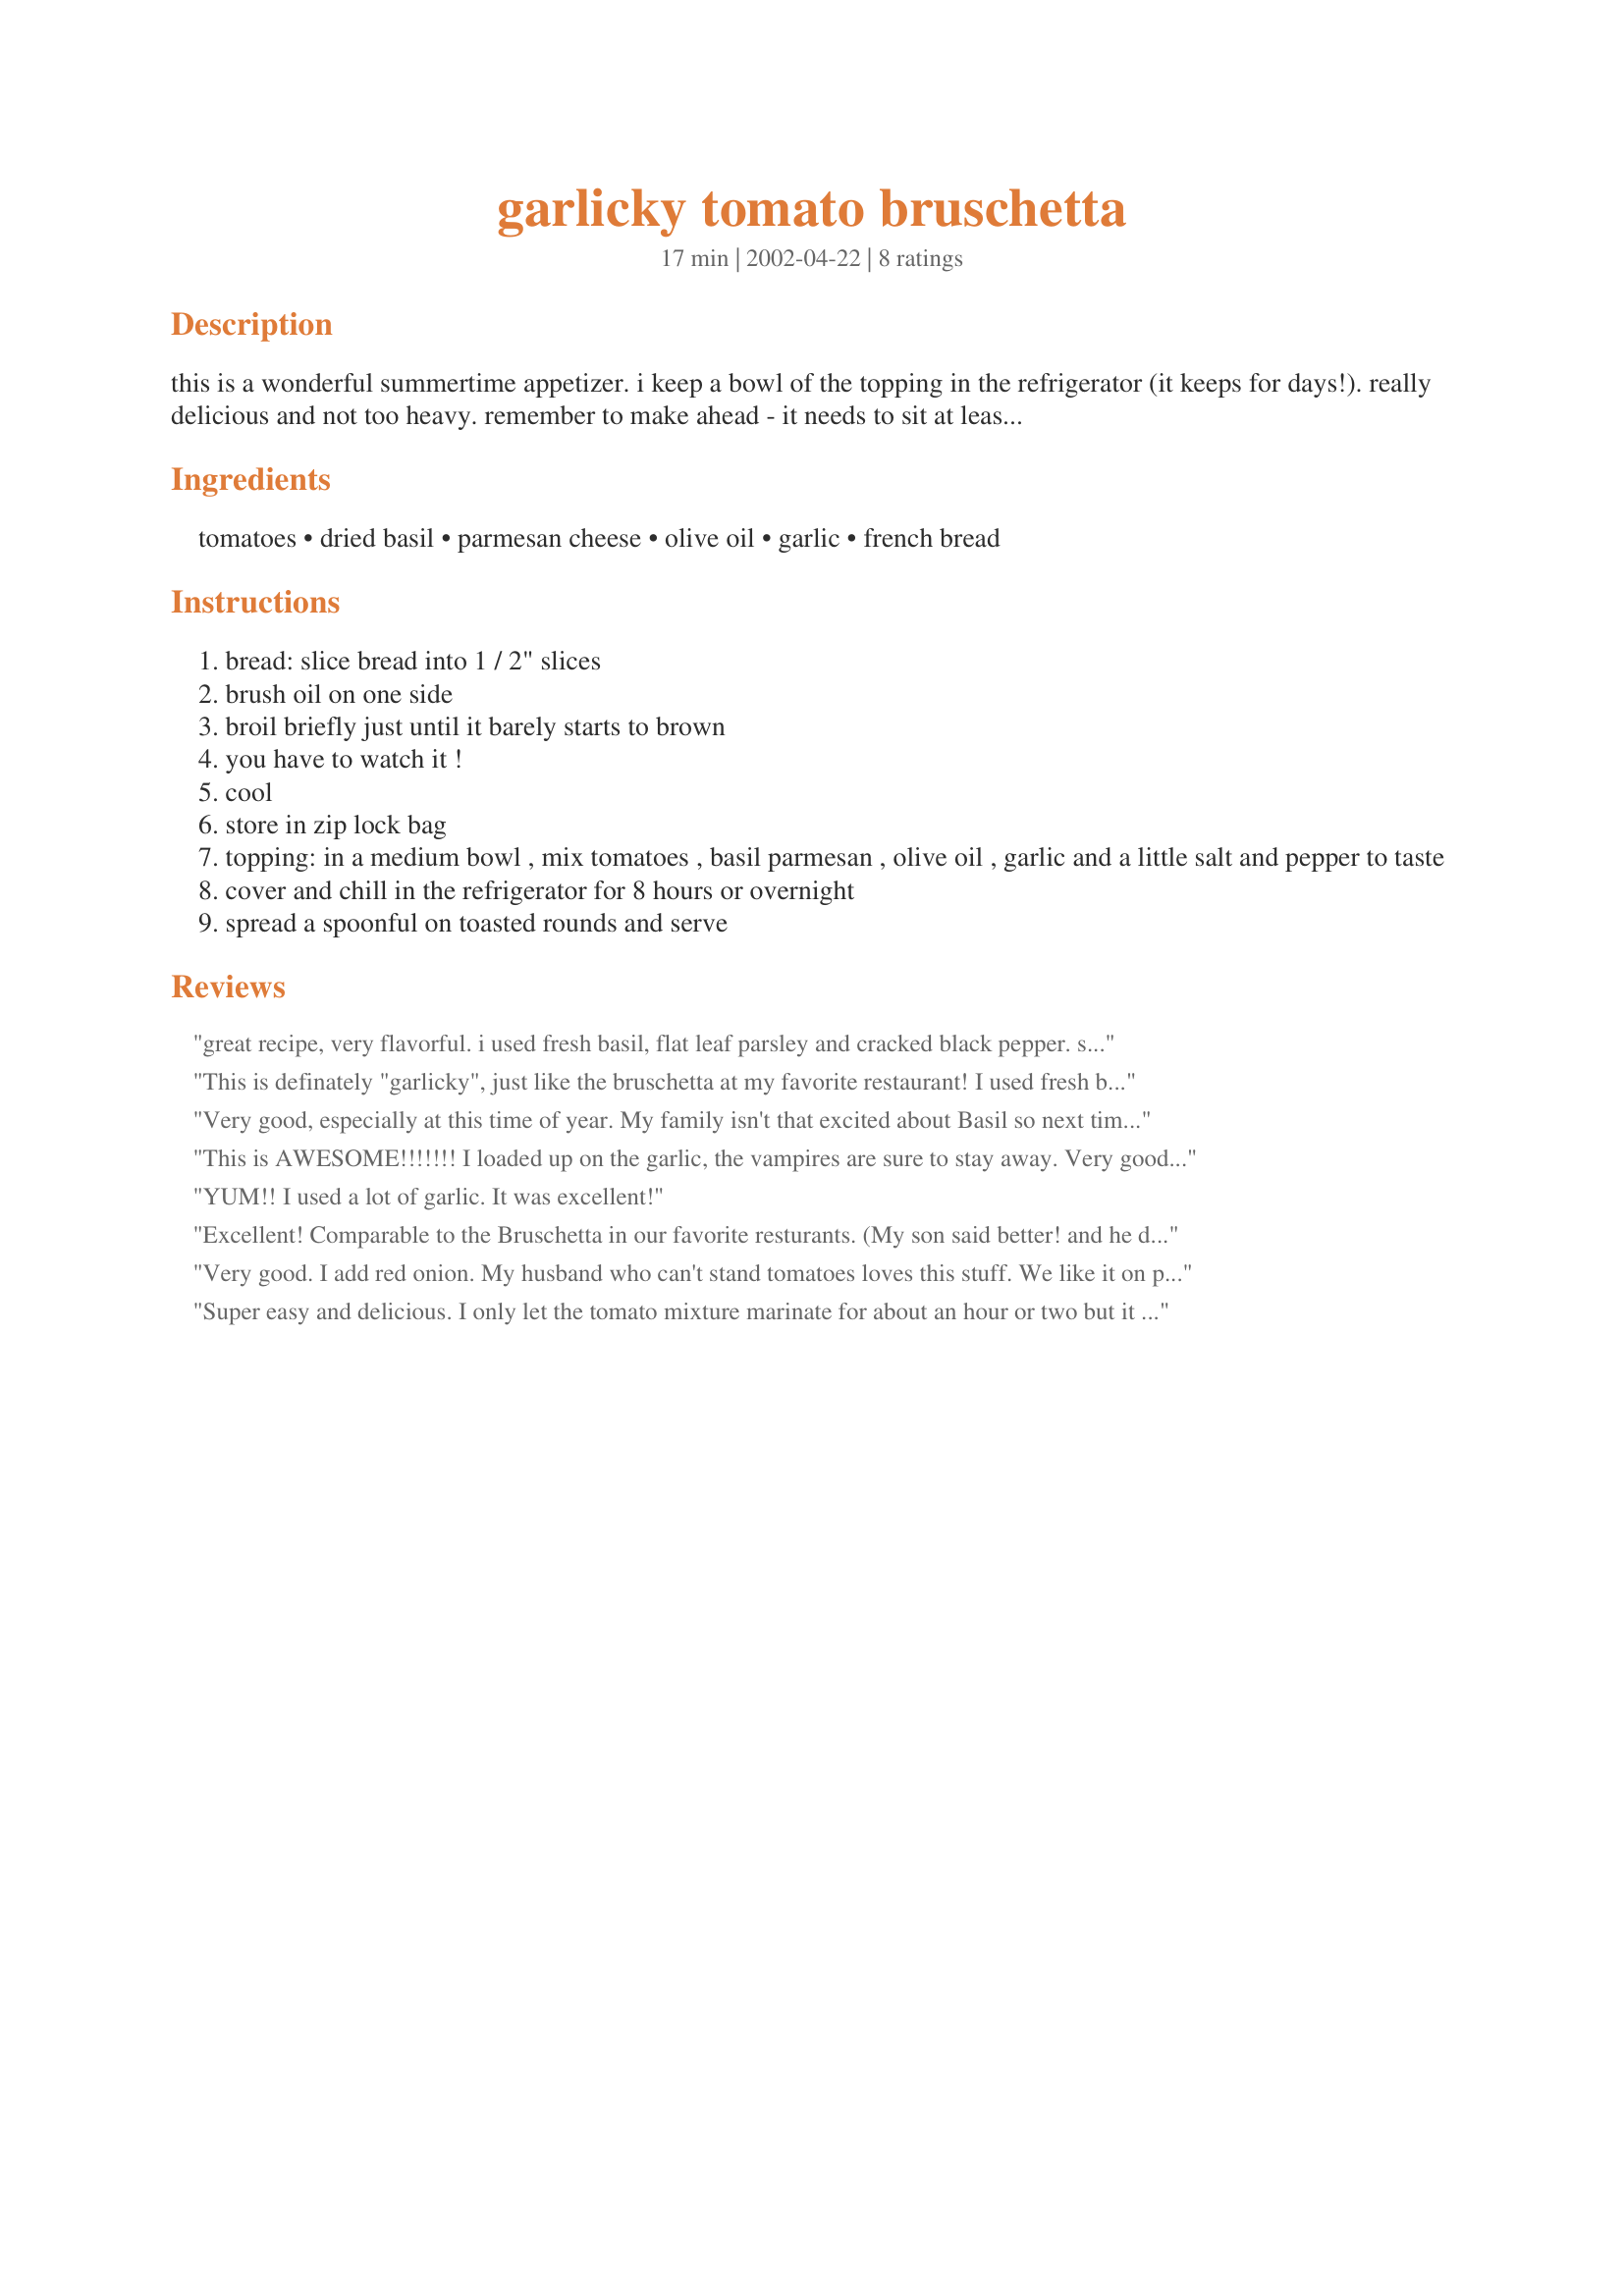
garlicky tomato bruschetta
Preparation time: 17 minutes

this is a wonderful summertime appetizer. i keep a bowl of the topping in the refrigerator (it keeps for days!). really delicious and not too heavy. remember to make ahead - it needs to sit at least 8 hours.

Ingredients:
tomatoes, dried basil, parmesan cheese, olive oil, garlic, french bread

Steps:
bread: slice bread into 1 / 2" slices
brush oil on one side
broil briefly just until it barely starts to brown
you have to watch it !
cool
store in zip lock bag
topping: in a medium bowl , mix tomatoes , basil parmesan , olive oil , garlic and a little salt and pepper to taste
cover and chill in the refrigerator for 8 hours or overnight
spread a spoonful on toasted rounds and serve

Reviews:
great recipe, very flavorful. i used fresh basil, flat leaf parsley and cracked black pepper. served with goat cheese spread and crostini all on the same platter for dd's spaghetti dinner birthday party. love anything i can make ahead of time! thanks for sharing suzie!!
This is definately "garlicky", just like the bruschetta at my favorite restaurant! I used fresh basil, and freshly shredded parmesan reggiano. Next time I am going to try freshly shredded gouda, as that's what the restaurant uses. Great bruschetta, suzyq- thanks! :o)
Very good, especially at this time of year. My family isn't that excited about Basil so next time I will go easy on the Basil and add a spice we like, eg: Tarragon, Oregano or Red pepper flakes. I only used one garlic clove and next time I will use two.
This is AWESOME!!!!!!! I loaded up on the garlic, the vampires are sure to stay away. Very good recipe and I never knew this was so easy to make. Taking it on the boat tomorrow and I already had 3 slices...oops, it is just too good. Thanks, this is a keeper.
YUM!! I used a lot of garlic. It was excellent!
Excellent! Comparable to the Bruschetta in our favorite resturants. (My son said better! and he doesn't even like tomatoes) I had fresh basil on hand and used that in place of the dried and it worked well, however I didn't have quite enough and need to use more next time. I used Kraft Grated Parmesan cheese in the container instead of grating fresh and this worked good as well. I think next time I will top it with some fresh chives after broiling. This will remain a staple in our refrigerator for quick, nutrious and easy snacking.
Very good. I add red onion. My husband who can't stand tomatoes loves this stuff. We like it on parmesan crusted chicken and on salad.
Super easy and delicious. I only let the tomato mixture marinate for about an hour or two but it was enough to marry the flavours. I also added a little splash of balsamic vinegar. We polished off that French bread in no time! Thanks!
